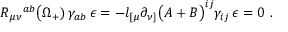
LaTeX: R _ { \mu \nu } { } ^ { a b } \bigl ( \Omega _ { + } ) \, \gamma _ { a b } \, \epsilon = - l _ { [ \mu } \partial _ { \nu ] } \bigl ( { \cal A } + { \cal B } \bigr ) ^ { i j } \gamma _ { i j } \, \epsilon = 0 \ .